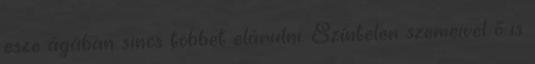
esze ágában sincs többet elárulni. Színtelen szemeivel ő is